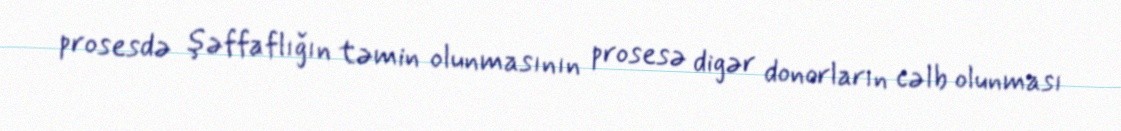
prosesdə şəffaflığın təmin olunmasının prosesə digər donorların cəlb olunması